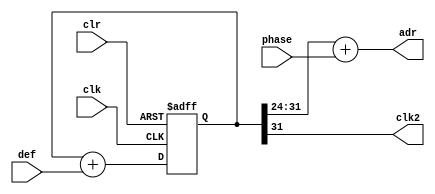
/*
*   Introduction to FPGA and Verilog
*
*   Viktor Prutyanov, 2019
*
*   Counter to 10
*/

module counter328(
    clk,
	 clr,
	 def,
	 phase,
	 clk2,
    adr
);

input clk;
input clr;
input [31:0]def;
input [7:0]phase;
output clk2;
output [7:0]adr;

reg [31:0]cnt = 0;

assign adr[7:0] = cnt[31:24]+phase[7:0];

assign clk2 = cnt[31];

always @(posedge clk or posedge clr) begin
    if (clr)
        cnt <= 0;
    else
        cnt <= cnt + def;
end

endmodule